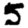
Digit: 5